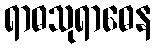
ရာဓသုရာဓေန